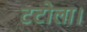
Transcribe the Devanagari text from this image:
टटोला।